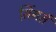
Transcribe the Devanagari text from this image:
सिंगर्स